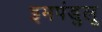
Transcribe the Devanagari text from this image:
इमपंडुलू